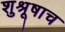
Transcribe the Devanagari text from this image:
शुश्रूषाच